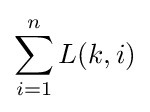
\sum _{i=1}^{n}L(k,i)